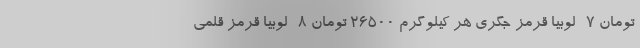
تومان 7- لوبیا قرمز جگری هر کیلوگرم 26500 تومان 8- لوبیا قرمز قلمی